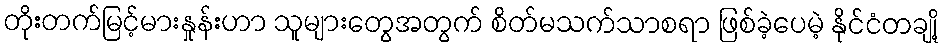
တိုးတက်မြင့်မားနှုန်းဟာ သူများတွေအတွက် စိတ်မသက်သာစရာ ဖြစ်ခဲ့ပေမဲ့ နိုင်ငံတချို့